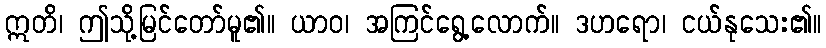
ဣတိ၊ ဤသို့မြင်တော်မူ၏။ ယာဝ၊ အကြင်ရွေ့လောက်။ ဒဟရော၊ ငယ်နုသေး၏။